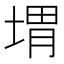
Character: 㙕